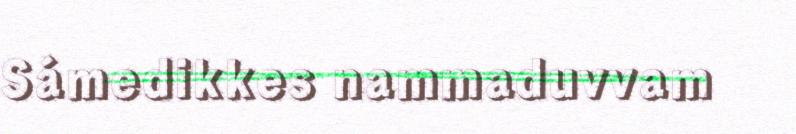
Sámedikkes nammaduvvam